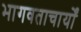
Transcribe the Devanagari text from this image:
भागवताचार्यों